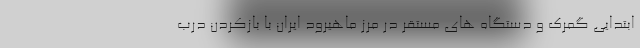
ابتدایی گمرک و دستگاه های مستقر در مرز ماهیرود ایران با بازکردن درب